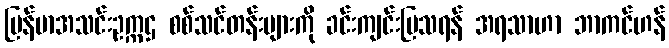
မြန်မာအသင်းဥက္ကဌ စစ်သင်တန်းများကို ခင်းကျင်းပြသရန် အရသာဟာ ဘာကင်ဟန်